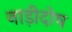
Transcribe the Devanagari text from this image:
नाड़ीदोष